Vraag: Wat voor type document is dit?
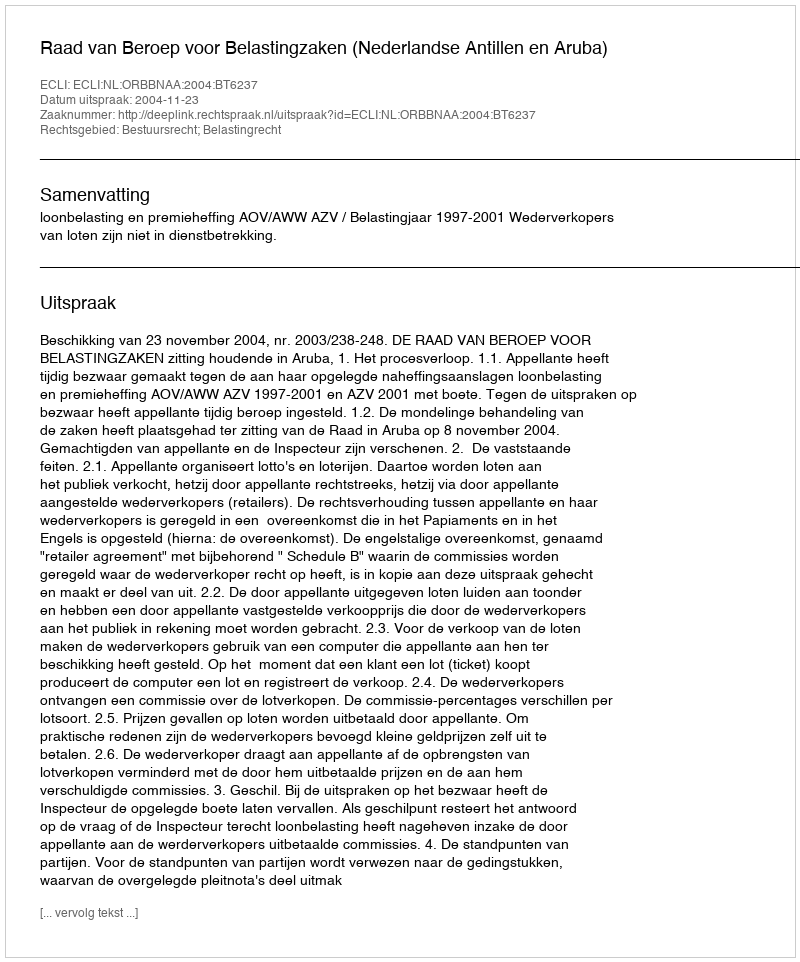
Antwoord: Uitspraak